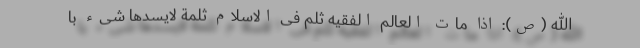
الله (ص): اذا مات العالم الفقیه ثلم فی الاسلام ثلمة لایسد‌ها شیء با